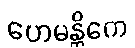
ဟေမန္တိကေ